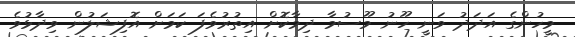
މީހުންގެ އަދަދު ވަނީ ހޫނު މޫސުމާ ދިމާކޮށް އިތުރުވެފަ ކަމަށް އޮފިޝަލުން ވިދާޅުވެ